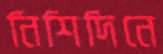
নিশিদিনে